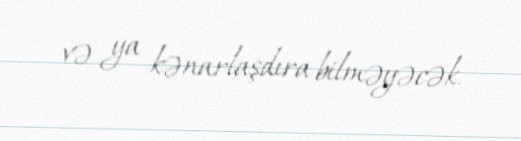
və ya kənarlaşdıra bilməyəcək.